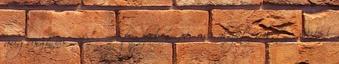
augusztus 20. – Átadják a 28 m2 alapterületű városi